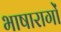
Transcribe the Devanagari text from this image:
भाषारागों